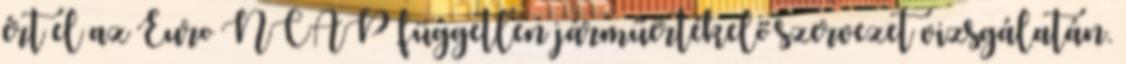
ért el az Euro NCAP független járműértékelő szervezet vizsgálatán.